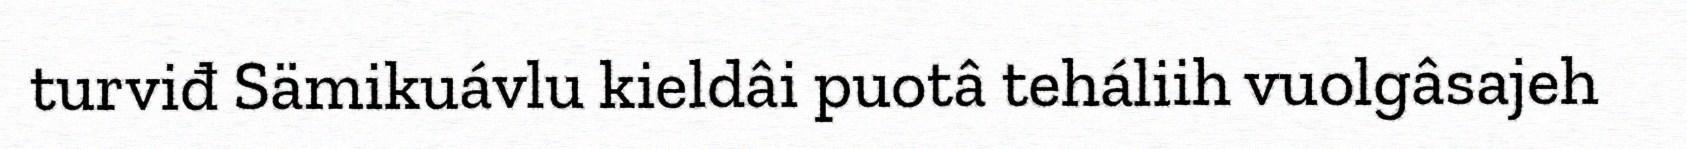
turviđ Sämikuávlu kieldâi puotâ teháliih vuolgâsajeh